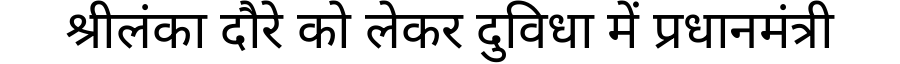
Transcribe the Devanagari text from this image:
श्रीलंका दौरे को लेकर दुविधा में प्रधानमंत्री